Trukikaitis_Postimees, lk 72
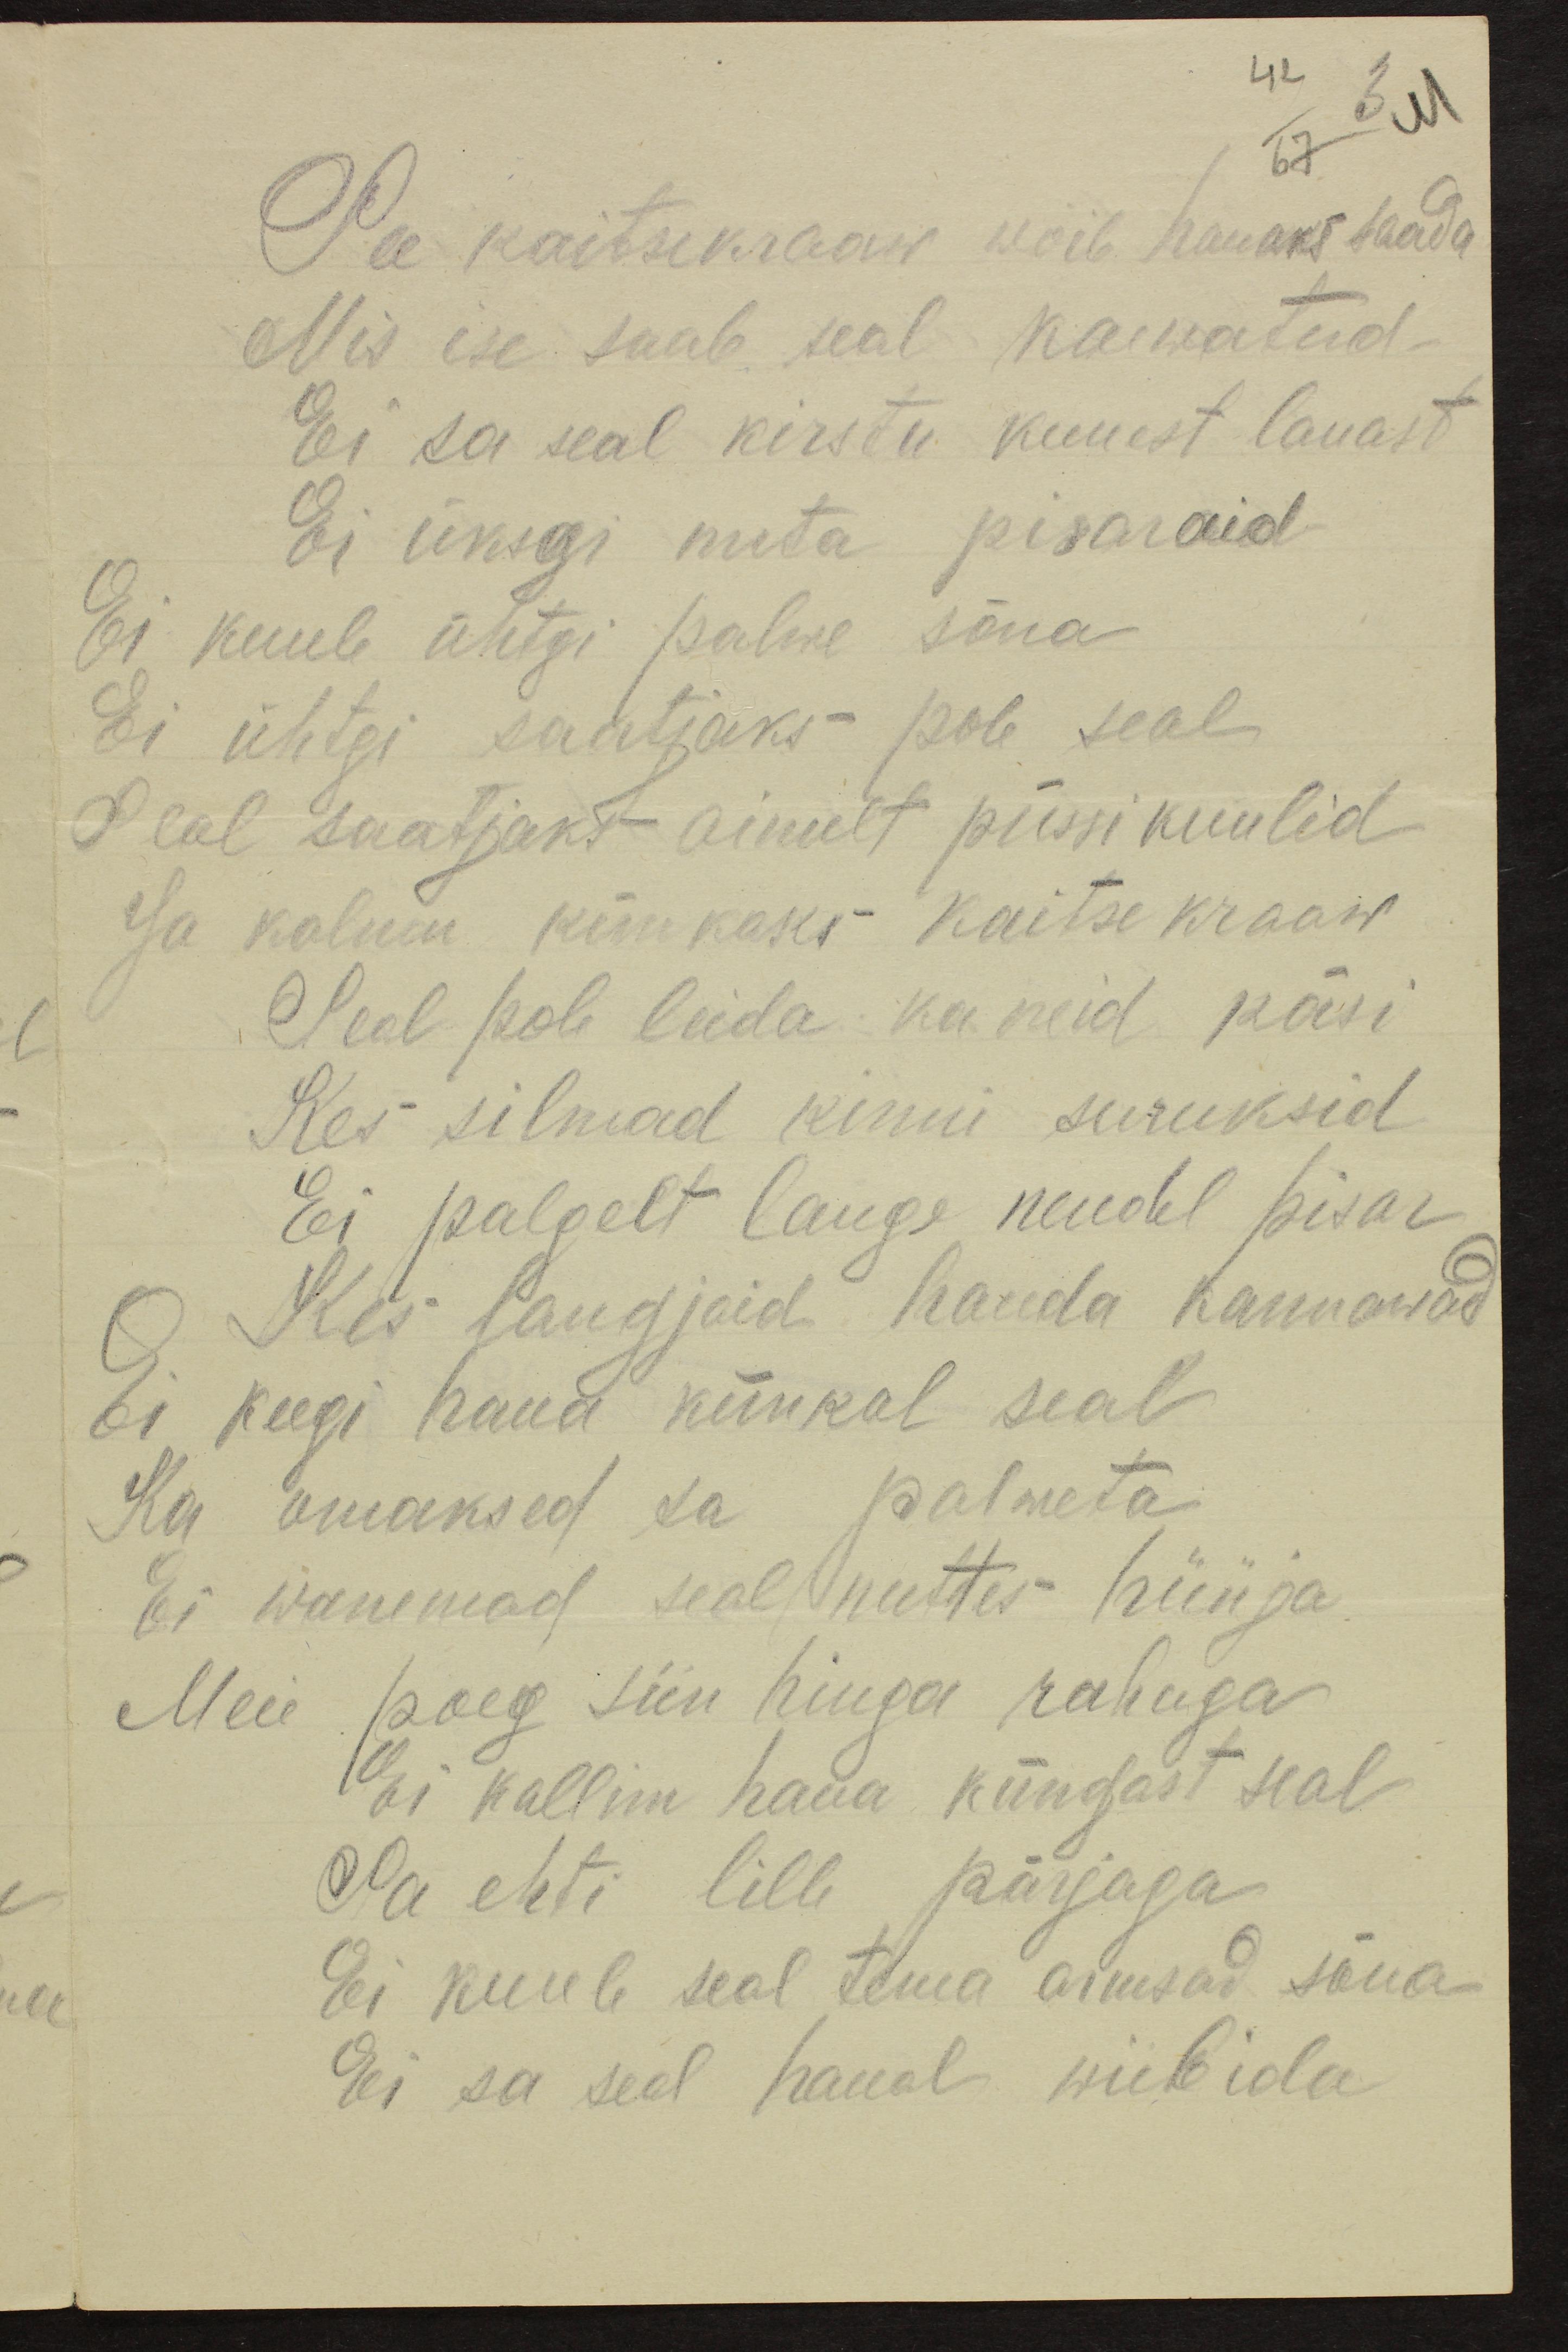
42
3
67
See kaitsekraaw wõib hauaks saada
Mis ise saab seal kaewatud.
Ei sa seal kirstu kuuest lauast
Ei üksgi nuta pisaraid
Ei kuule ühtgi palwe sõna
Ei ühtgi saatjaks pole seal
Seal saatjaks ainult püssi kuulid
Ja kalmu künkaks kaitse kraaw
Seal pole leida: ka neid käsi
Kes silmad kinni suruksid
Ei palgelt lange nendel pisar
Kes langjaid hauda kannawad
Ei keegi haua künkal seal
Ka omaksed sa palweta
Ei wanemad seal nuttes hüüja
Meie poeg siin hinge rahuga
Ei kallim haua küngast seal.
Sa ehti lille pärjaga
Ei kuule seal tema armsad sõna
Ei sa seal haual wiibida